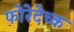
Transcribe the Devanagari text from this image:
फोरेदेच्क